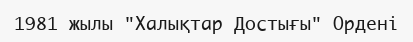
1981 жылы "Халықтар Достығы" Ордені